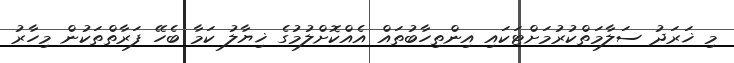
މި ޚަރަދު ސަލާމަތްކުރުމަށްޓަކައި އިންތިހާބުތައް އެއްކޮށްލުމުގެ ޚިޔާލު ކަމާ ބެހޭ ފަރާތްތަކުން މިހާރު